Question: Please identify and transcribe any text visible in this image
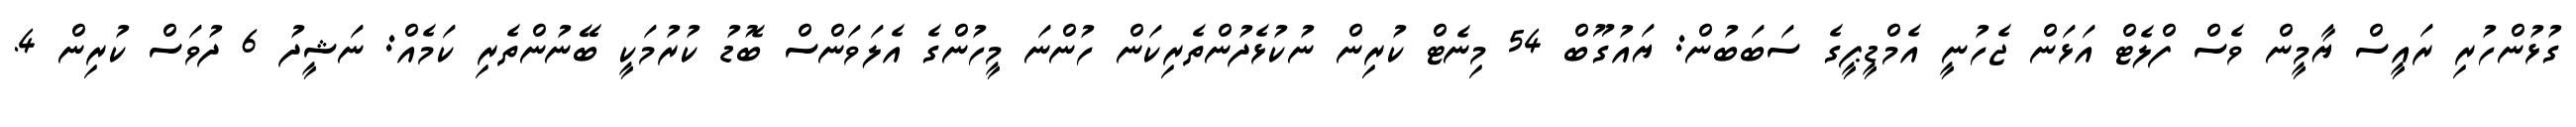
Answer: ގުޅުންހުރި ރައީސް ޔާމީން ވެސް ފްލެޓް އަޅަން ޖެހުނީ އެމްޑީޕީގެ ސަބަބުން: ޔައުގޫބް 54 މިނެޓް ކުރިން ނުކުޅެދުންތެރިކަން ހުންނަ މީހުންގެ އެލަވަންސް ބޮޑު ކުރުމަކީ ބޭނުންތެރި ކަމެއް: ނަޝީދު 6 ދުވަސް ކުރިން 4.